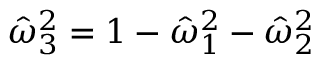
\hat { \omega } _ { 3 } ^ { 2 } = 1 - \hat { \omega } _ { 1 } ^ { 2 } - \hat { \omega } _ { 2 } ^ { 2 }